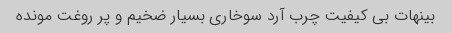
بینهات بی کیفیت چرب آرد سوخاری بسیار ضخیم و پر روغت مونده